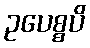
ဥပေစ္စပိ